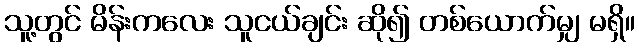
သူ့တွင် မိန်းကလေး သူငယ်ချင်း ဆို၍ တစ်ယောက်မျှ မရှိ။